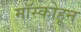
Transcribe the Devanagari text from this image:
मॉस्कोहून